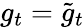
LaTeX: g_{t}={\widetilde{g}}_{t}